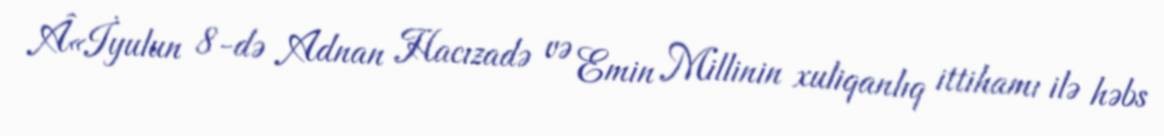
Â«İyulun 8-də Adnan Hacızadə və Emin Millinin xuliqanlıq ittihamı ilə həbs